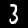
Label: 3